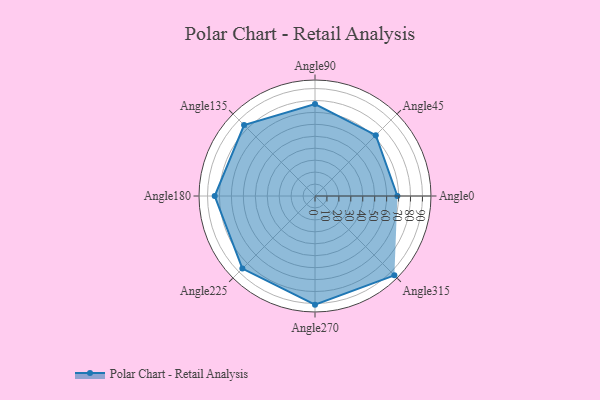
{"axis": {"x": "Angle", "y": "Radius"}, "legend": [""], "data": [{"x": "Angle0", "y": 69.0, "type": ""}, {"x": "Angle45", "y": 72.0, "type": ""}, {"x": "Angle90", "y": 77.0, "type": ""}, {"x": "Angle135", "y": 84.0, "type": ""}, {"x": "Angle180", "y": 84.0, "type": ""}, {"x": "Angle225", "y": 86.0, "type": ""}, {"x": "Angle270", "y": 91.0, "type": ""}, {"x": "Angle315", "y": 94.0, "type": ""}]}